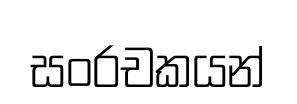
සංරචකයන්